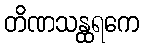
တိဏသန္ထရကေ